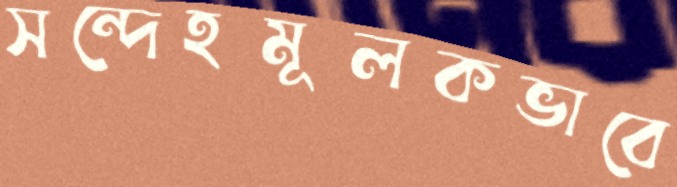
সন্দেহমূলকভাবে